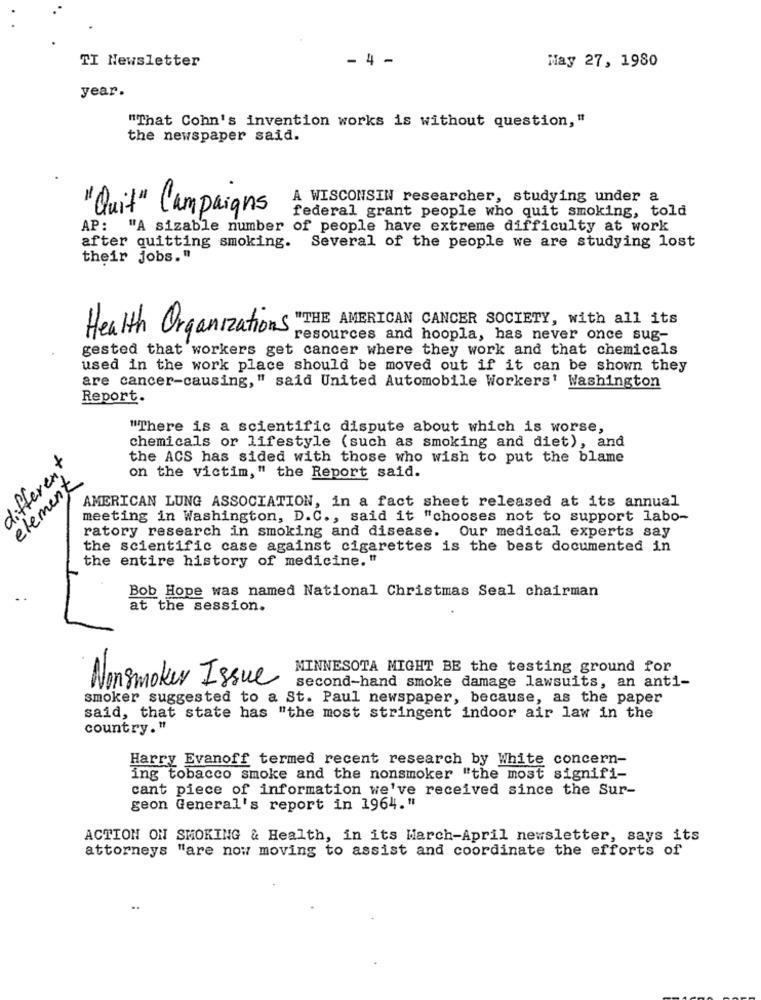
TI Newsletter
- 4 -
May 27, 1980
year.
"That Cohn's invention works is without question,"
the newspaper said.
A WISCONSIN researcher, studying under a
federal grant people who quit smoking, told
" Quit" Campaigns
AP: "A sizable number of people have extreme difficulty at work
after quitting smoking. Several of the people we are studying lost
their jobs."
Health Organizations
resources and hoopla, has never once sug-
gested that workers get cancer where they work and that chemicals
used in the work place should be moved out if it can be shown they
are cancer-causing," said United Automobile Workers' Washington
Report.
"There is a scientific dispute about which is worse,
chemicals or lifestyle (such as smoking and diet), and
different
the ACS has sided with those who wish to put the blame
element
on the victim," the Report said.
AMERICAN LUNG ASSOCIATION, in a fact sheet released at its annual
meeting in Washington, D.C ., said it "chooses not to support labo-
ratory research in smoking and disease. Our medical experts say
the scientific case against cigarettes is the best documented in
the entire history of medicine. "
Bob Hope was named National Christmas Seal chairman
at the session.
MINNESOTA MIGHT BE the testing ground for
Nonsmoker Issue
second-hand smoke damage lawsuits, an anti-
smoker suggested to a St. Paul newspaper, because, as the paper
said, that state has "the most stringent indoor air law in the
country."
Harry Evanoff termed recent research by White concern-
ing tobacco smoke and the nonsmoker "the most signifi-
cant piece of information we've received since the Sur-
geon General's report in 1964."
ACTION ON SMOKING & Health, in its March-April newsletter, says its
attorneys "are now moving to assist and coordinate the efforts of
..